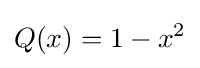
Q(x)=1-x^{2}